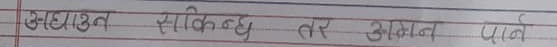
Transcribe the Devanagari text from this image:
आधारभूत सकिन्छ तर आकास प्राप्त